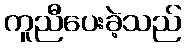
ကူညီပေးခဲ့သည်